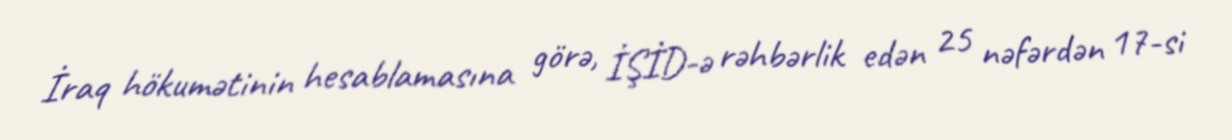
İraq hökumətinin hesablamasına görə, İŞİD-ə rəhbərlik edən 25 nəfərdən 17-si